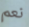
نعم